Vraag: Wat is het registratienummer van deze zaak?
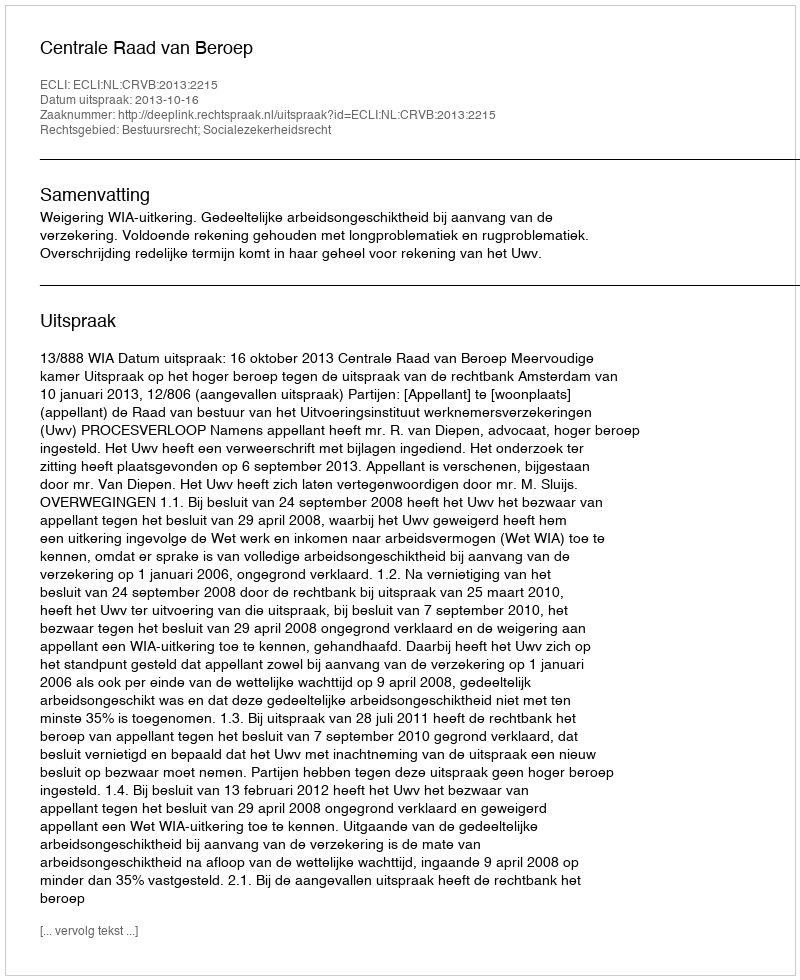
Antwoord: http://deeplink.rechtspraak.nl/uitspraak?id=ECLI:NL:CRVB:2013:2215